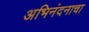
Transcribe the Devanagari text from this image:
अभिनंदनाचा